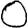
Digit: 0